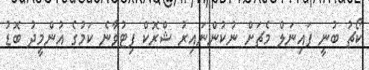
ކޯޗު ބުނީ ފައިނަލް މެޗަށް ނުކުންނައިރު ޝްރޮކް ފިޓުވާނެ ކަމުގެ އުންމީދު ބޮޑު